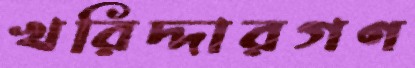
খরিদ্দারগণ